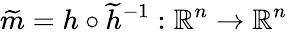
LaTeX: \widetilde{m}=h\circ\widetilde{h}^{-1}:\mathbb{R}^{n}\to\mathbb{R}^{n}